Report on the working of the Ranchi Indian Mental Hospital, Kanke, in Bihar and Orissa - 1930-1940
Year: 1930
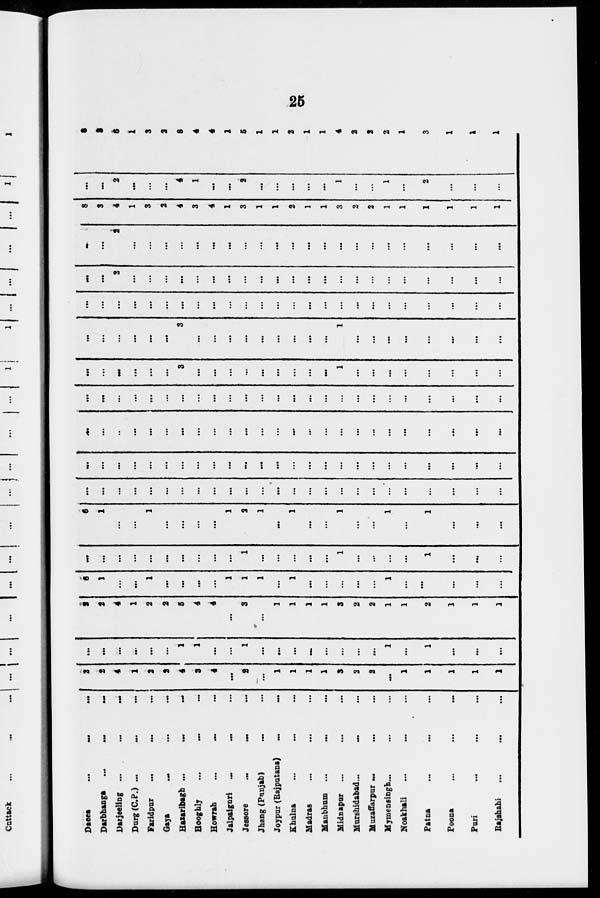
25
Dacca
...
...
...
Darbhanga ... ... ...
Darjeeling
...
...
...
Durg(C.P.) ... ... ...
Faridpur ... ... ...
Gaya ... ... ...
Hazaribagh
...
...
...
Hooghly
...
...
...
Howrah
...
...
...
Jalpaiguri ... ... ...
Jessore
...
...
...
Jhang (Punjab) ... ... ...
Joypur (Rajputana) ... ... ...
Khulna
...
...
...
Madras ... ... ...
Manbhum ... ... ...
Midnapur ... ... ...
Murshidabad ... ... ...
Mazaffarpur ... ... ...
Mymensingh ... ... ...
Noakhali ... ... ...
Patna ... ... ...
Poona ... ... ...
Puri ... ... ...
Rajshahi ... ... ...
2
2
4
1
2
2
4
3
4
...
2
...
1
1
1
1
3
2
2
..
1
1
1
1
1
...
...
...
...
...
...
1
1
...
...
1
...
...
...
...
...
...
...
...
1
...
1
...
...
...
2
2
4
1
2
2
5
4
4
...
3
...
1
1
1
1
3
2
2
1
1
2
1
1
1
6
1
...
...
1
...
...
...
...
1
1
1
...
1
...
...
...
...
...
1
...
...
...
...
...
...
...
...
...
...
...
...
...
...
...
1
...
...
...
...
...
1
...
...
...
...
1
...
...
...
6
1
...
...
1
...
...
...
...
1
2
1
...
1
...
...
1
...
...
1
...
1
...
...
...
...
...
...
...
...
...
...
...
...
...
...
...
...
...
...
...
...
...
...
...
...
...
...
...
...
...
...
...
...
...
...
...
...
...
...
...
...
...
...
...
...
...
...
...
...
...
...
...
...
...
...
...
..
...
...
...
...
...
...
...
...
...
...
...
...
...
...
...
...
...
...
...
...
...
...
...
...
...
...
...
...
...
...
...
...
...
...
...
...
...
...
...
...
...
...
...
...
...
...
...
...
...
...
...
...
...
3
...
...
...
...
...
...
...
...
..
1
...
...
...
...
...
...
...
...
...
...
...
...
...
..
3
...
...
...
...
...
...
...
...
...
1
...
...
...
...
...
...
...
...
...
...
...
...
...
...
...
...
...
...
...
...
...
...
...
...
...
...
...
...
...
...
...
...
...
...
...
2
...
...
...
...
...
...
...
...
...
...
...
...
...
...
...
...
...
...
...
...
...
...
...
...
2
...
...
...
...
...
...
...
...
...
..
...
...
...
...
...
...
...
...
...
...
...
...
8
3
4
1
3
2
4
3
4
1
3
1
1
2
1
1
3
2
2
1
1
1
1
1
1
...
...
2
..
...
...
4
1
...
...
2
...
...
...
...
...
1
...
...
1
...
2
...
...
...
8
3
6
1
3
2
8
4
4
1
5
1
1
2
1
1
4
2
2
2
1
3
1
1
1